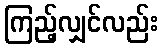
ကြည့်လျှင်လည်း